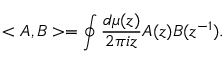
< A , B > = \oint \frac { d \mu ( z ) } { 2 \pi i z } A ( z ) B ( z ^ { - 1 } ) .